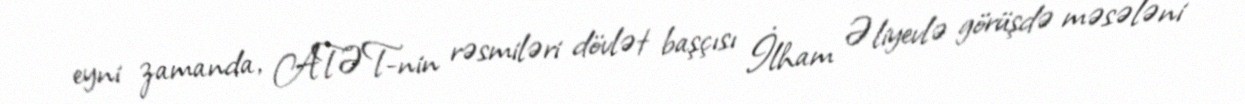
eyni zamanda, ATƏT-nin rəsmiləri dövlət başçısı İlham Əliyevlə görüşdə məsələni